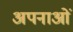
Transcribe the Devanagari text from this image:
अपनाओं